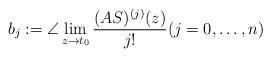
LaTeX: \begin{align*}b_j:=\angle \lim_{z\to t_0} \frac{(AS)^{(j)}(z)}{j!}(j=0,\ldots,n)\end{align*}